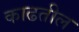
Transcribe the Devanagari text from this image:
काढतील